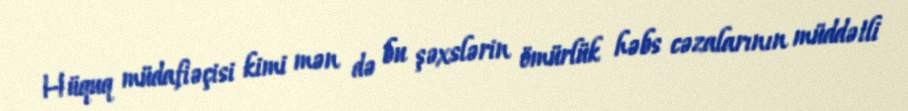
Hüquq müdafiəçisi kimi mən də bu şəxslərin ömürlük həbs cəzalarının müddətli